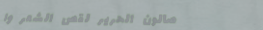
صالون الحرير لقص الشعر وا